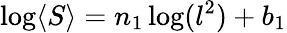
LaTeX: \log\langle S\rangle=n_{1}\log(l^{2})+b_{1}